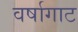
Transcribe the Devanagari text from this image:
वर्षागाट